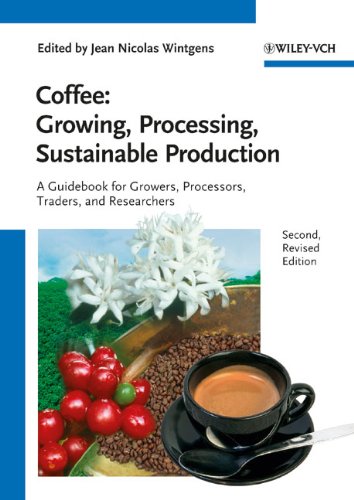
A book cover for Coffee: Growing, Processing, Sustainable Production; Science & Math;